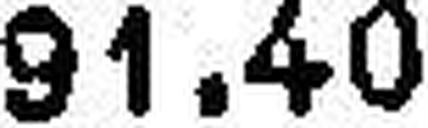
91.40